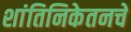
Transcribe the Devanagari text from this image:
शांतिनिकेतनचे